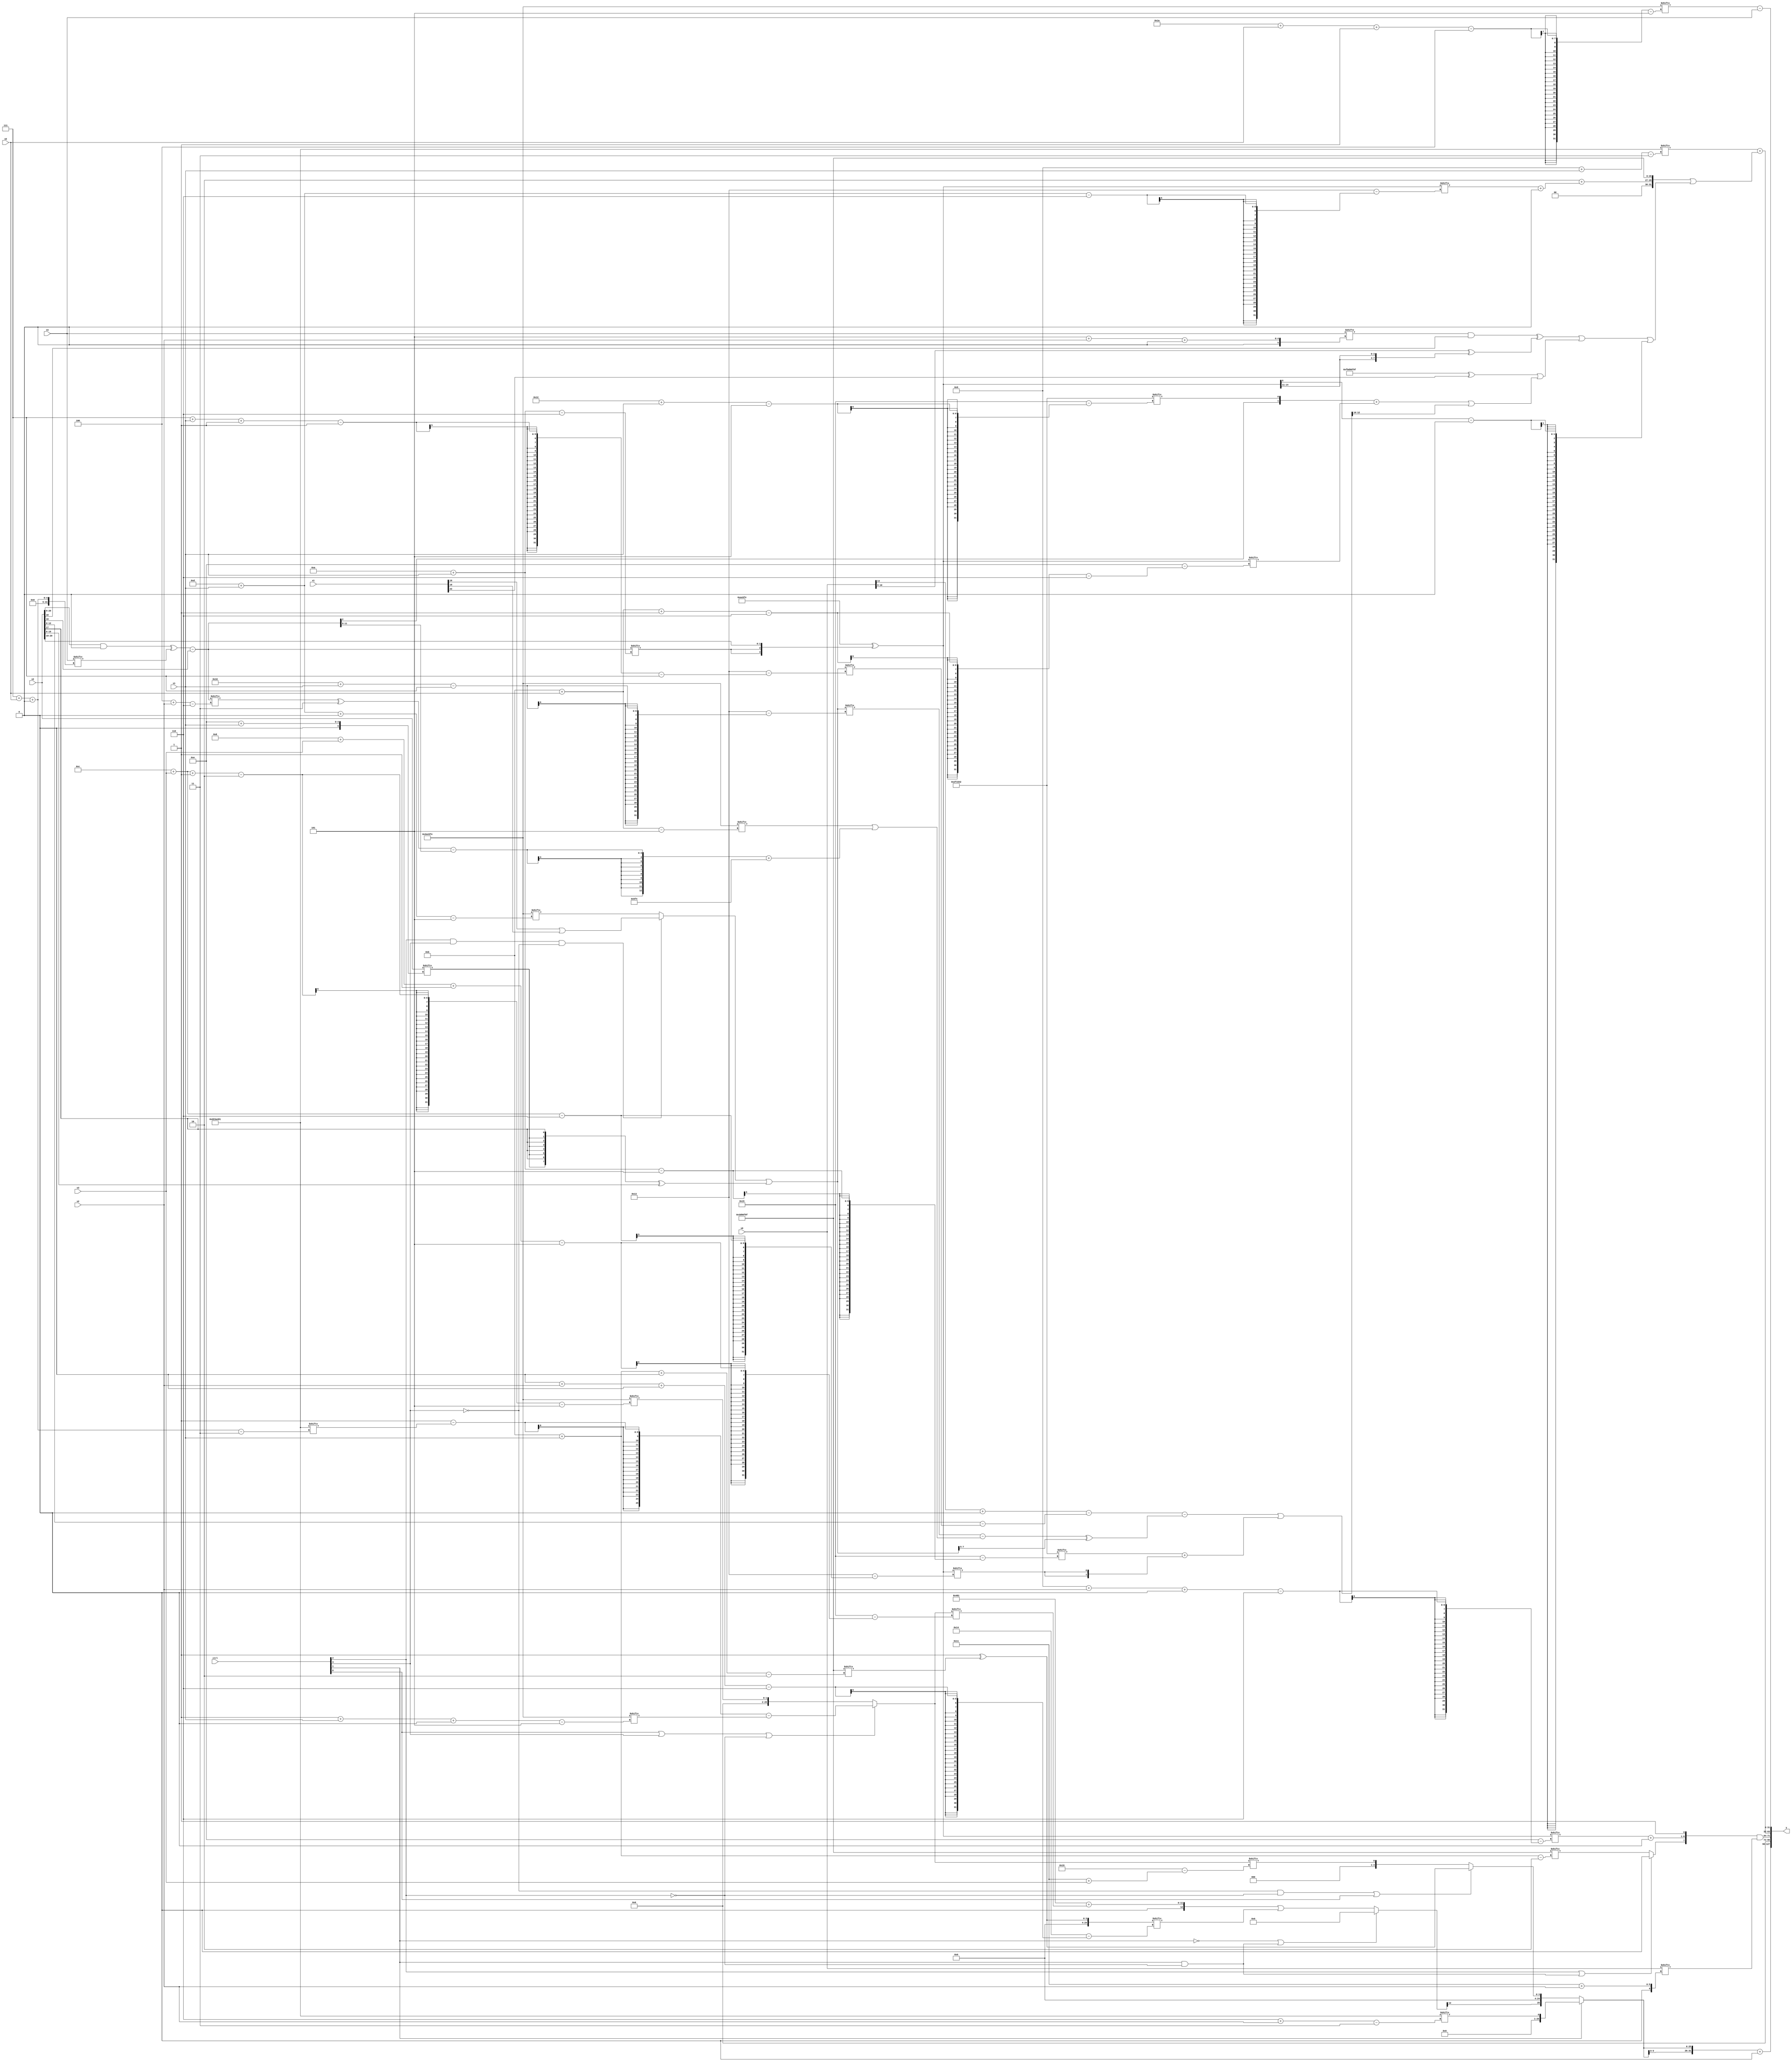
module partsel_00726(ctrl, s0, s1, s2, s3, x0, x1, x2, x3, y);
  input [3:0] ctrl;
  input [2:0] s0;
  input [2:0] s1;
  input [2:0] s2;
  input [2:0] s3;
  input signed [31:0] x0;
  input [31:0] x1;
  input [31:0] x2;
  input signed [31:0] x3;
  wire [26:6] x4;
  wire signed [7:26] x5;
  wire [6:25] x6;
  wire [24:1] x7;
  wire [31:3] x8;
  wire signed [31:0] x9;
  wire [26:2] x10;
  wire signed [0:26] x11;
  wire [6:30] x12;
  wire [0:25] x13;
  wire [6:26] x14;
  wire [0:27] x15;
  output [127:0] y;
  wire signed [31:0] y0;
  wire signed [31:0] y1;
  wire signed [31:0] y2;
  wire [31:0] y3;
  assign y = {y0,y1,y2,y3};
  localparam [26:5] p0 = 88008180;
  localparam [28:2] p1 = 601427871;
  localparam signed [5:26] p2 = 53417282;
  localparam [30:3] p3 = 220439681;
  assign x4 = ({2{((x2 & p2[19]) ^ x3[7 + s0 +: 8])}} - x2[19]);
  assign x5 = ((ctrl[2] && ctrl[3] && !ctrl[3] ? (x1[16] | x1[18]) : p0[13 + s1 +: 1]) | ({2{{2{{x2[14 + s1], x2[17]}}}}} ^ x2));
  assign x6 = (p0 ^ {{2{x4[10 + s1]}}, x2[19 +: 2]});
  assign x7 = p2[0 + s1 +: 1];
  assign x8 = ({2{((((p0[8] ^ x0[14]) + p2[22 -: 2]) - (!ctrl[0] || ctrl[0] || ctrl[0] ? (x2 - x5[7 + s1 -: 1]) : p2[16 +: 2])) - ((x5[16 + s1] - (p0[11 + s0] | (((x4[4 + s2] ^ p1[12 -: 2]) - x4[17 -: 3]) + p0))) ^ x5[19 +: 3]))}} | (p2[10 + s1] + {2{x6[12 + s3]}}));
  assign x9 = (((x3[5 + s2 +: 6] & x2[18]) ^ (x0[9 +: 2] ^ {2{x6[14 -: 4]}})) | (({{(p2[21 + s0 -: 5] & x3), p1[2 + s0 -: 2]}, {2{p1}}} ^ x1[22]) | (({x4[8], p2[18 + s1]} + x6[11 + s0 -: 6]) | x8[13 +: 3])));
  assign x10 = ({{(ctrl[2] || ctrl[1] && !ctrl[2] ? {2{x7[22 -: 1]}} : p1[11 + s1]), (x6[9 + s2 +: 6] + p2[19])}, p0[12 -: 1]} & x0[17 + s2]);
  assign x11 = x2;
  assign x12 = (p0[13] ^ p1[11 + s1 +: 4]);
  assign x13 = (ctrl[0] || ctrl[3] || !ctrl[2] ? ((p1[22] - p3[7 + s0 +: 8]) - p0[1 + s1 +: 1]) : p0[12 + s3 -: 2]);
  assign x14 = (!ctrl[1] || ctrl[1] && !ctrl[2] ? {2{({2{p2[15 -: 1]}} & x1[18 + s3])}} : (({2{p3}} + x13[8 + s3 -: 5]) | x12[0 + s2 +: 5]));
  assign x15 = {2{p0}};
  assign y0 = ({2{(!ctrl[1] || !ctrl[1] && !ctrl[1] ? {x14[14 +: 1], (!ctrl[3] && !ctrl[2] || ctrl[0] ? x12 : x13[17 + s3])} : p3[6 + s2])}} + p2[17 +: 1]);
  assign y1 = x10;
  assign y2 = (p3[9 + s1] + {(((p1 ^ p1) ^ (p3 - x0[14 +: 4])) & ({2{x15[6 + s1]}} | {p1[17], x10[13 + s1 -: 6]})), ({p2, {(p2 + (x6[13 + s1] + x7[10])), p1}} | (x9 | (x6[19] - p1[17 -: 2])))});
  assign y3 = (p0[26 + s0 -: 4] - x3);
endmodule